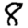
Digit: 8